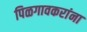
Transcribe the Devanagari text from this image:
पिळगावकरांना